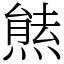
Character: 㷱